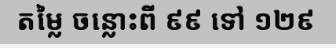
តម្លៃ ចន្លោះពី ៩៩ ទៅ ១២៩